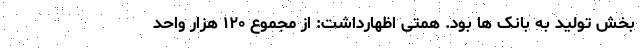
بخش تولید به بانک ها بود. همتی اظهارداشت: از مجموع ۱۲۰ هزار واحد